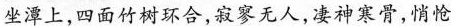
坐潭上，四面竹树环合，寂寥无人，凄神寒骨，悄怆